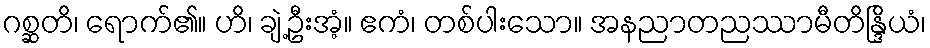
ဂစ္ဆတိ၊ ရောက်၏။ ဟိ၊ ချဲ့ဦးအံ့။ ဧကံ၊ တစ်ပါးသော။ အနညာတညဿာမီတိန္ဒြိယံ၊